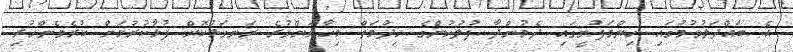
އެ ބައްދަލުވުމުގައި ހިންމަފުށީގައި ދެމުންދާ ފުލުުހުންގެ ހިދުމަތް މިހާރަށްވުރެ ރަނގަޅުކޮށް ފުޅާކުރުމަށް ކުރެވެންހުރި